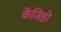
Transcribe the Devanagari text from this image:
केंजिहो